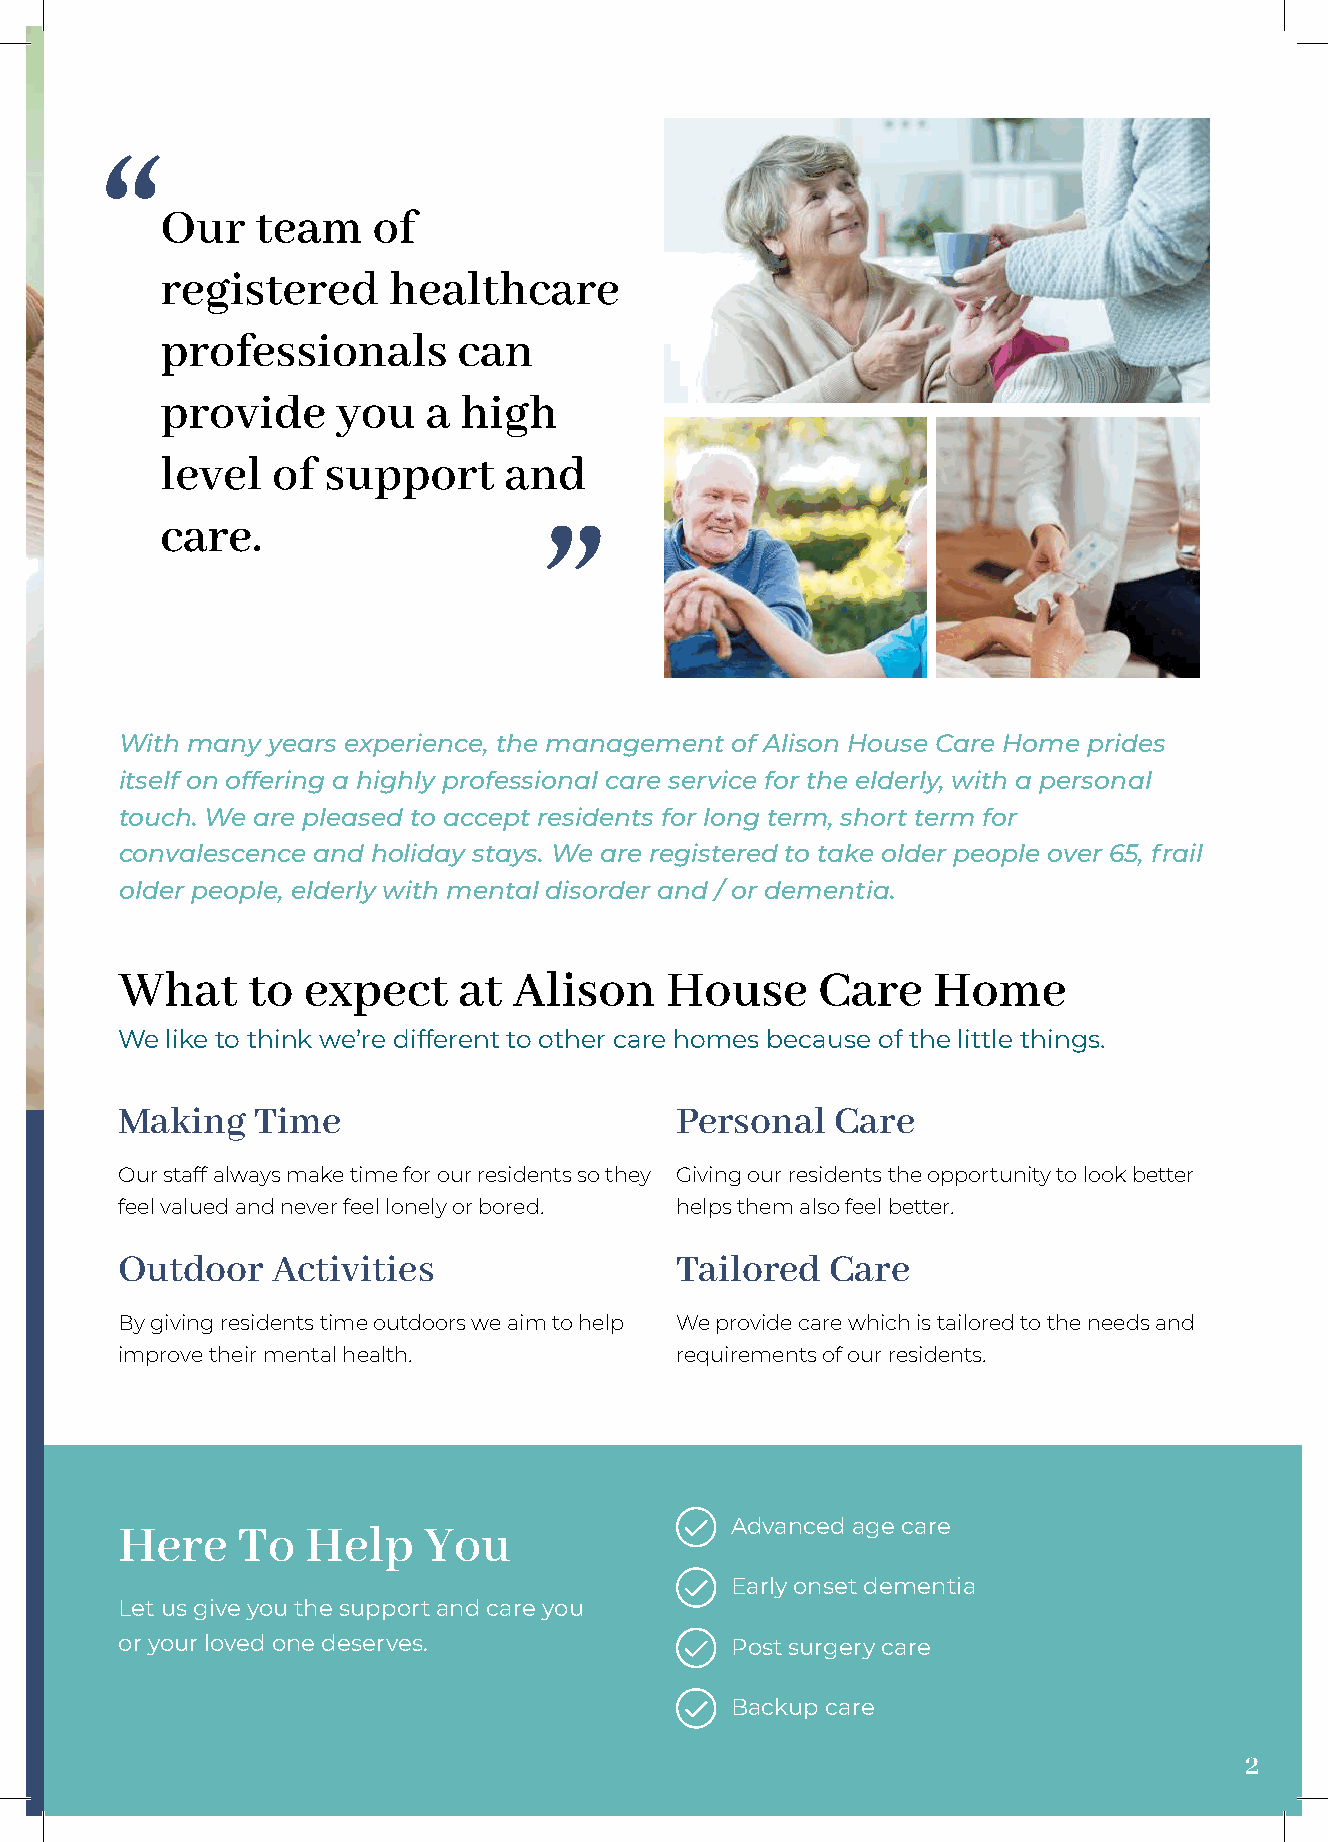
Our   team    of
 registered     healthcare
 professionals      can
 provide    you   a high
 level  of support     and
 care.
 With many years experience, the management of Alison House Care Home prides
 itself on offering a highly professional care service for the elderly, with a personal
 touch. We are pleased to accept residents for long term, short term for
 convalescence and holiday stays. We are registered to take older people over 65, frail
 older people, elderly with mental disorder and / or dementia.
 What    to  expect    at  Alison    House     Care    Home
 We like to think we’re different to other care homes because of the little things.
 Making   Time                        Personal  Care
 Our staff always make time for our residents so they Giving our residents the opportunity to look better
 feel valued and never feel lonely or bored. helps them also feel better.
 Outdoor   Activities                 Tailored  Care
 By giving residents time outdoors we aim to help We provide care which is tailored to the needs and
 improve their mental health.         requirements of our residents.
 Advanced age care
 Here    To  Help    You
 Early onset dementia
 Let us give you the support and care you
 or your loved one deserves.             Post surgery care
 Backup care
 2